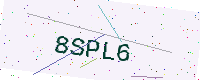
Text: 8SPL6